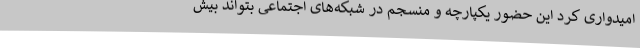
امیدواری کرد این حضور یکپارچه و منسجم در شبکه‌های اجتماعی بتواند بیش